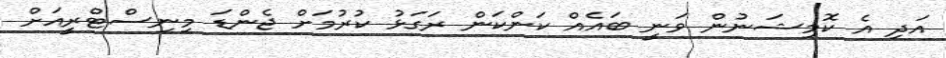
އަދި އެ ކޮމިޝަނުން ވަނީ ބައެއް ކަންކަން ރަގަޅު ކުރުމަށް ޖެންޑަ މިނިސްޓްރީއަށް